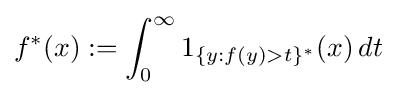
f^{*}(x):=\int _{0}^{\infty }1_{\{y:f(y)>t\}^{*}}(x)\,dt